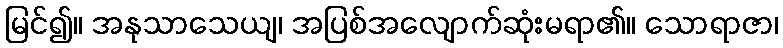
မြင်၍။ အနုသာသေယျ၊ အပြစ်အလျောက်ဆုံးမရာ၏။ သောရာဇာ၊